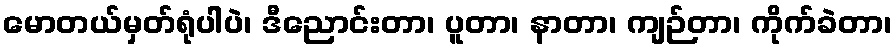
မောတယ်မှတ်ရုံပါပဲ၊ ဒီညောင်းတာ၊ ပူတာ၊ နာတာ၊ ကျဉ်တာ၊ ကိုက်ခဲတာ၊